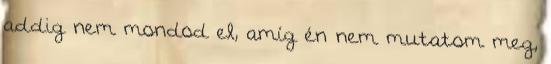
addig nem mondod el, amíg én nem mutatom meg,